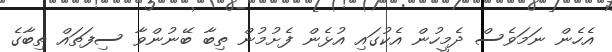
އެހެން ނަމަވެސް ދެމީހުން އެކުގައި އުޅެން ފެށުމުން ތިބާ ބޭނުންވާ ސިފަތައް ތިބާގެ